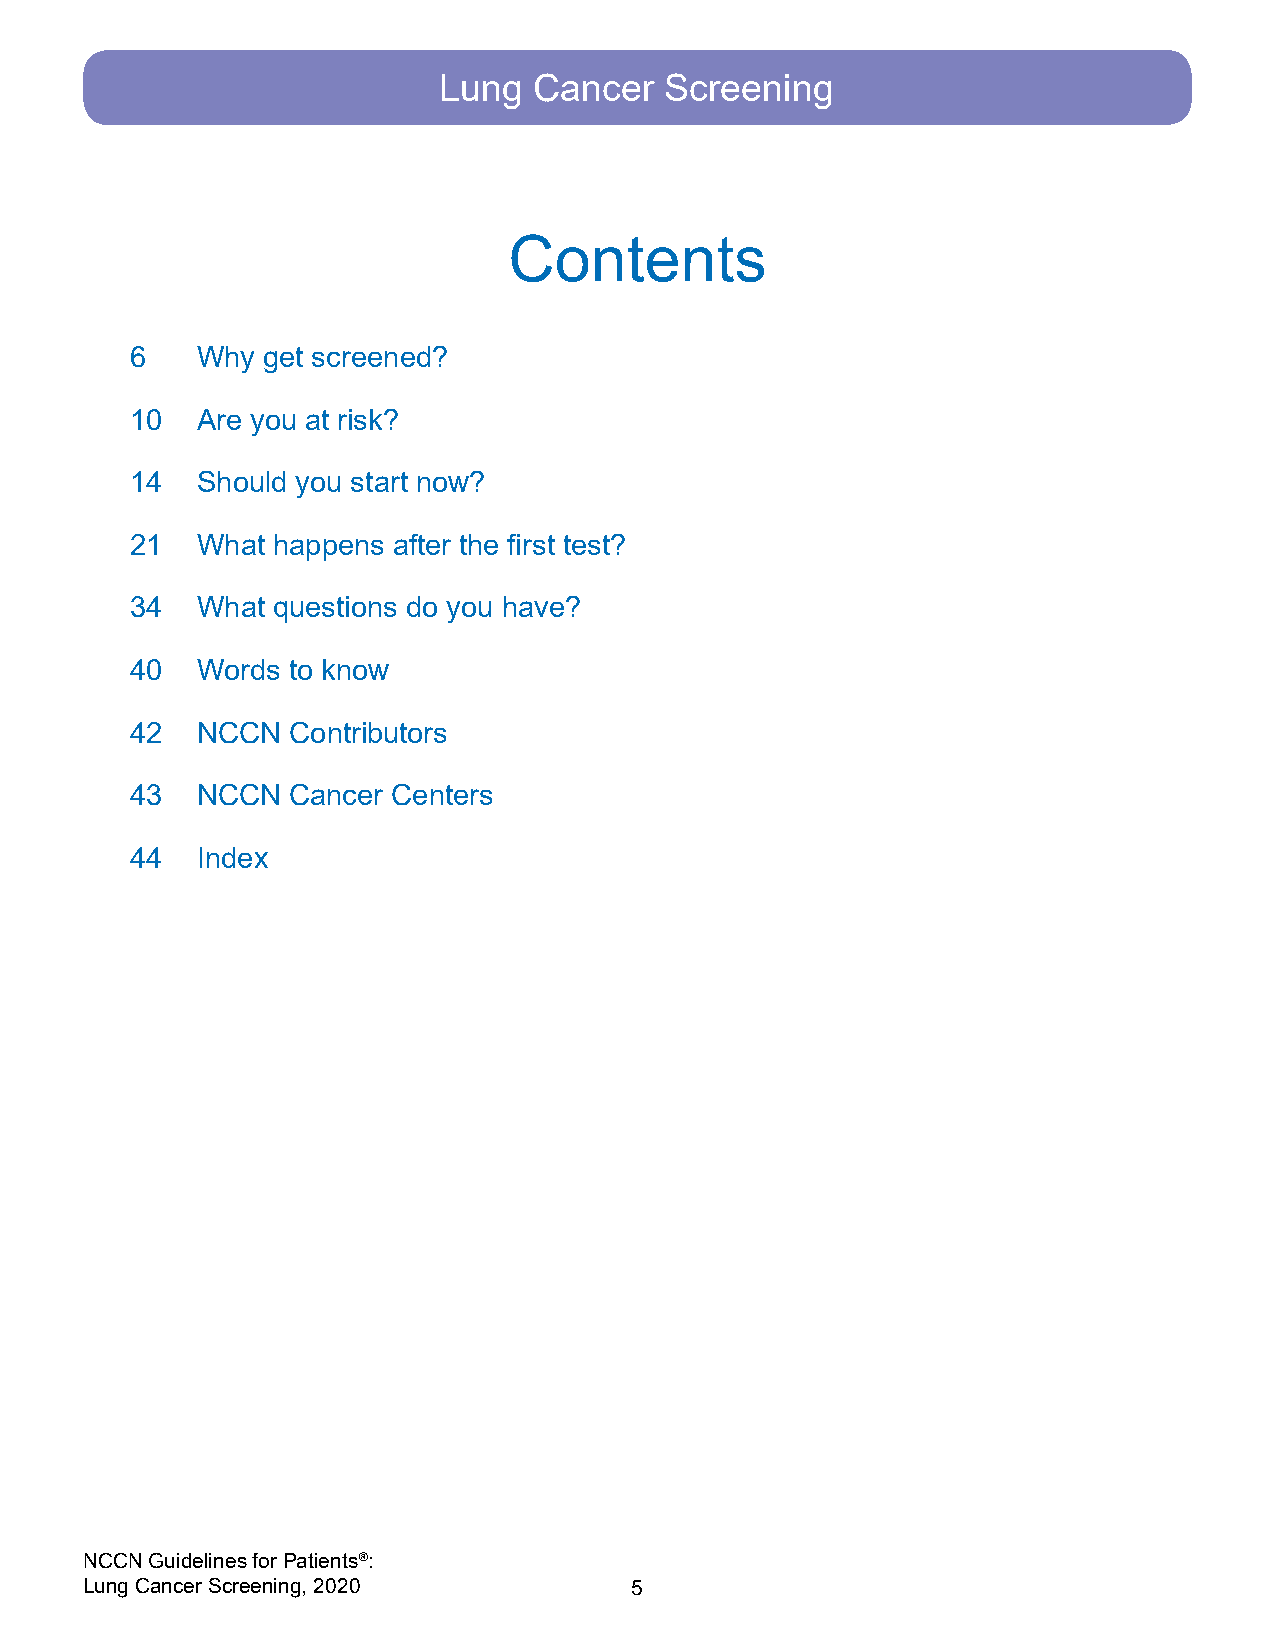
Lung  Cancer   Screening
 Contents
 6   Why get screened?
 10  Are you at risk?
 14  Should you start now?
 21  What happens after the first test?
 34  What questions do you have?
 40  Words to know
 42  NCCN  Contributors
 43  NCCN  Cancer Centers
 44  Index
 NCCN Guidelines for Patients®:
 Lung Cancer Screening, 2020         5